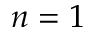
n = 1